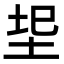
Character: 𭎐